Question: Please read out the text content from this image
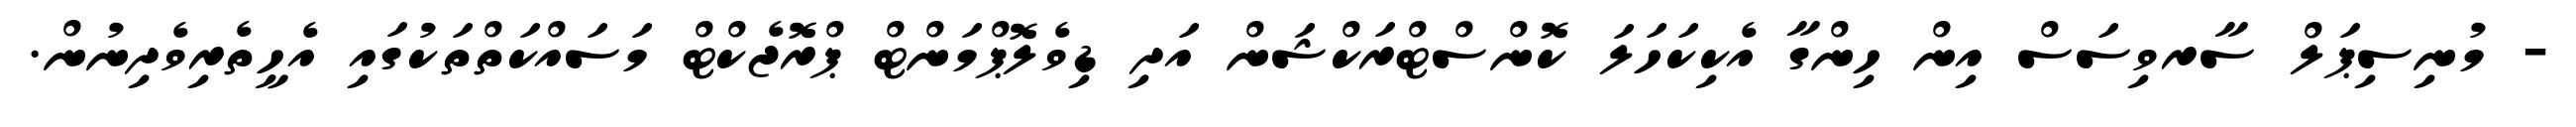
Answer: - މުނިސިޕަލް ސާރވިސަސް އިން ހިންގާ އެކިކަހަލަ ކޮންސްޓްރަކްޝަން އަދި ޑިވެލޮޕްމަންޓް ޕްރޮޖެކްޓް މަސައްކަތްތަކުގައި އެހީތެރިވެދިނުން.